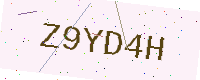
Text: Z9YD4H